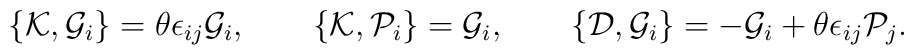
\{{\cal K},{\cal G}_{i}\}=\theta\epsilon_{ij}{\cal G}_{i},     \qquad     \{{\cal K},{\cal P}_{i}\}={\cal G}_{i},     \qquad     \{{\cal D},{\cal G}_{i}\}=-{\cal G}_{i}+\theta\epsilon_{ij}{\cal P}_{j}.